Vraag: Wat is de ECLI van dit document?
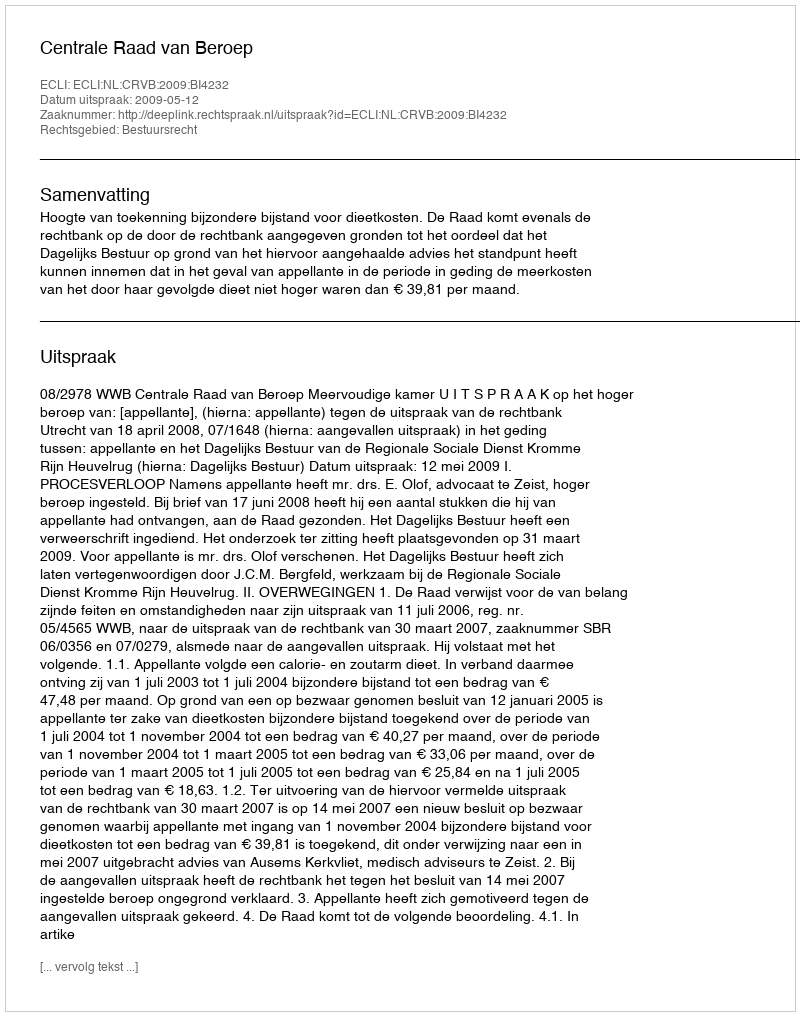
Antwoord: ECLI:NL:CRVB:2009:BI4232